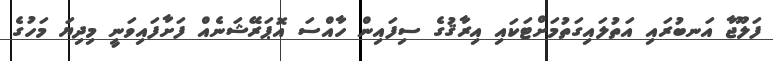
ފަލޫޖާ އަނބުރައި އަތުލައިގަތުމަށްޓަކައި އިރާޤުގެ ސިފައިން ހާއްސަ އޮޕަރޭޝަނެއް ފަށާފައިވަނީ މިދިޔަ މަހުގެ